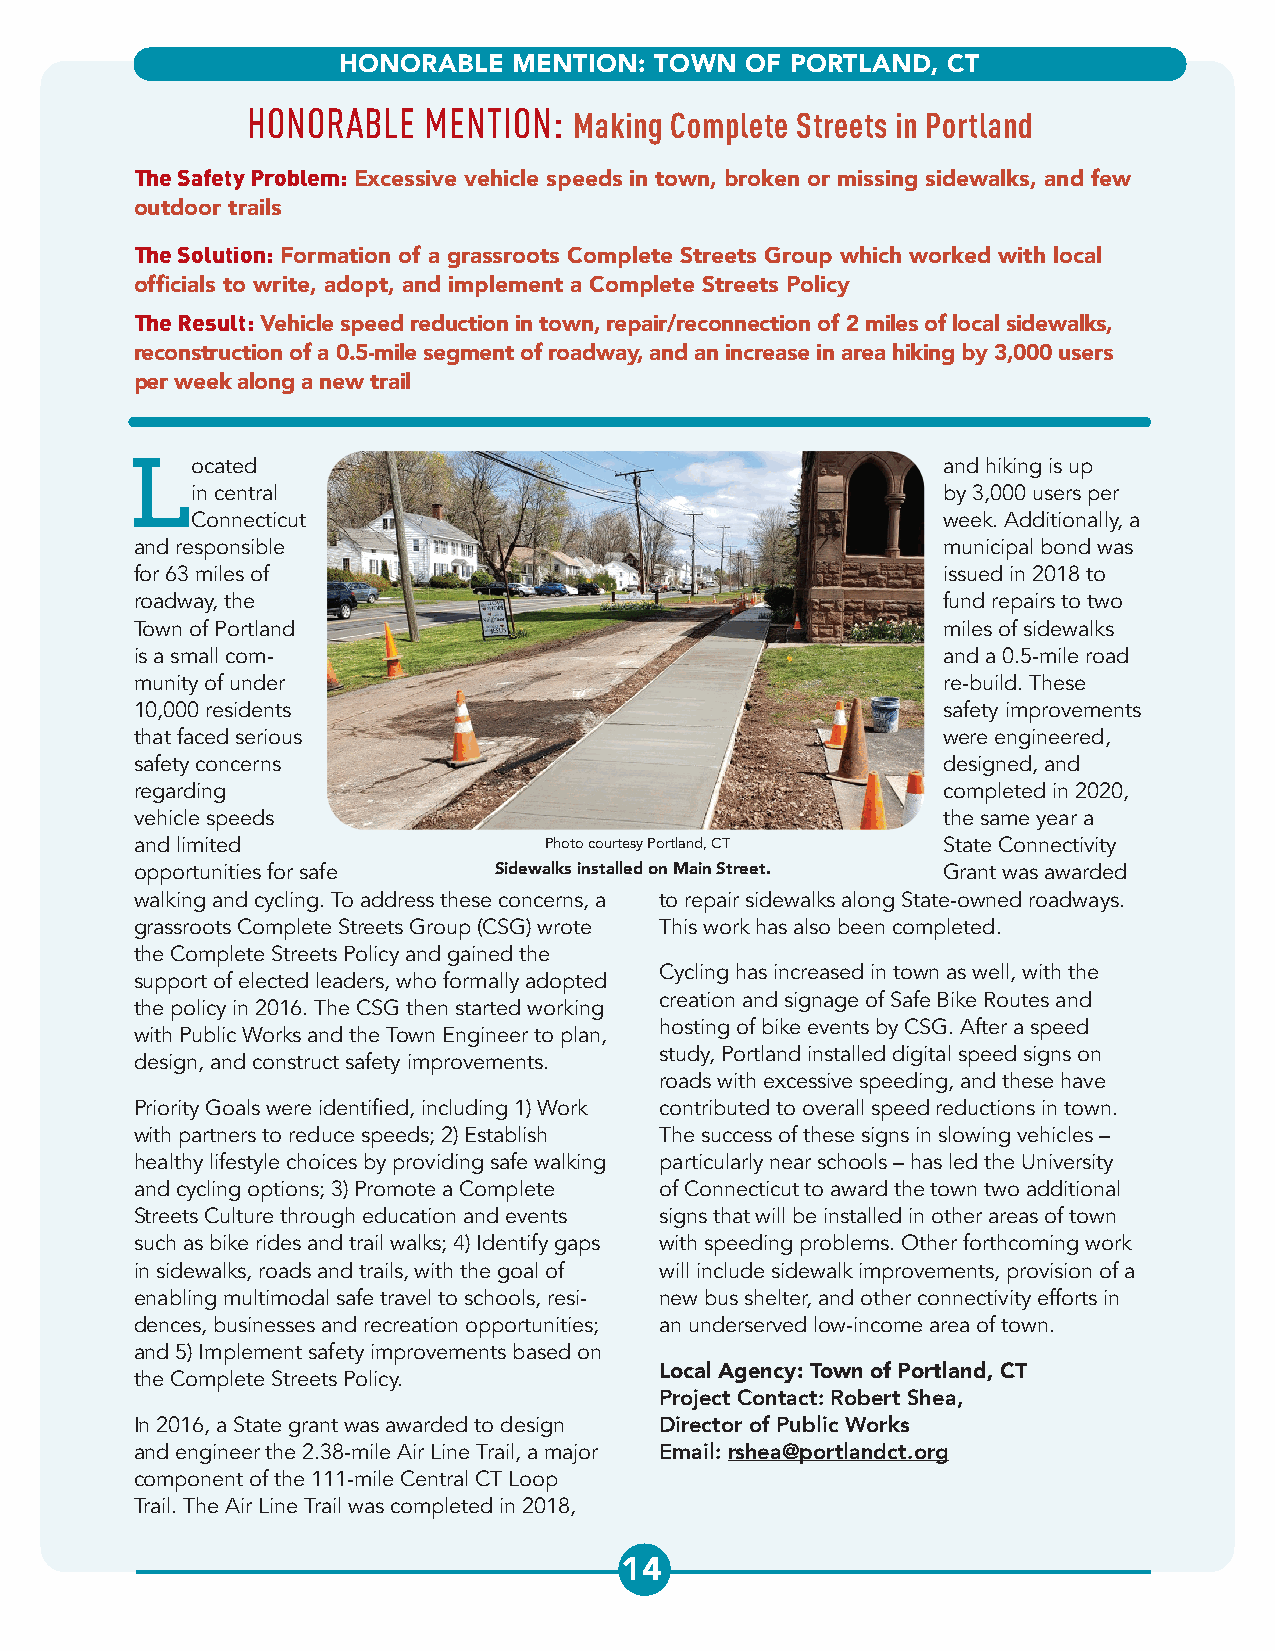
HONORABLE   MENTION: TOWN  OF PORTLAND,  CT
 HONORABLE   MENTION:  Making Complete Streets in Portland
 The Safety Problem: Excessive vehicle speeds in town, broken or missing sidewalks, and few
 outdoor trails
 The Solution: Formation of a grassroots Complete Streets Group which worked with local
 officials to write, adopt, and implement a Complete Streets Policy
 The Result: Vehicle speed reduction in town, repair/reconnection of 2 miles of local sidewalks,
 reconstruction of a 0.5-mile segment of roadway, and an increase in area hiking by 3,000 users
 per week along a new trail
 Located                                              and hiking is up
 in central                                       by 3,000 users per
 Connecticut                                      week. Additionally, a
 and responsible                                      municipal bond was
 for 63 miles of                                      issued in 2018 to
 roadway, the                                         fund repairs to two
 Town of Portland                                     miles of sidewalks
 is a small com-                                      and a 0.5-mile road
 munity of under                                      re-build. These
 10,000 residents                                     safety improvements
 that faced serious                                   were engineered,
 safety concerns                                      designed, and
 regarding                                            completed in 2020,
 vehicle speeds                                       the same year a
 and limited                Photo courtesy Portland, CT State Connectivity
 opportunities for safe  Sidewalks installed on Main Street. Grant was awarded
 walking and cycling. To address these concerns, a to repair sidewalks along State-owned roadways.
 ABOUT   THE  SPONSORS
 grassroots Complete Streets Group (CSG) wrote This work has also been completed.
 the Complete Streets Policy and gained the
 Cycling has increased in town as well, with the
 support of elected leaders, who formally adopted
 creation and signage of Safe Bike Routes and
 the policy in 2016. The CSG then started working
 hosting of bike events by CSG. After a speed
 with Public Works and the Town Engineer to plan,
 study, Portland installed digital speed signs on
 design, and construct safety improvements.
 roads with excessive speeding, and these have
 Priority Goals were identified, including 1) Work contributed to overall speed reductions in town.
 with partners to reduce speeds; 2) Establish The success of these signs in slowing vehicles –
 healthy lifestyle choices by providing safe walking particularly near schools – has led the University
 and cycling options; 3) Promote a Complete of Connecticut to award the town two additional
 Streets Culture through education and events signs that will be installed in other areas of town
 such as bike rides and trail walks; 4) Identify gaps with speeding problems. Other forthcoming work
 in sidewalks, roads and trails, with the goal of will include sidewalk improvements, provision of a
 enabling multimodal safe travel to schools, resi- new bus shelter, and other connectivity efforts in
 dences, businesses and recreation opportunities; an underserved low-income area of town.
 and 5) Implement safety improvements based on
 the Complete Streets Policy.       Local Agency: Town of Portland, CT
 Project Contact: Robert Shea,
 In 2016, a State grant was awarded to design Director of Public Works
 and engineer the 2.38-mile Air Line Trail, a major Email: rshea@portlandct.org
 component of the 111-mile Central CT Loop
 Trail. The Air Line Trail was completed in 2018,
 14